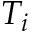
T _ { i }